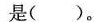
是()。